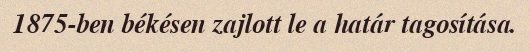
1875-ben békésen zajlott le a határ tagosítása.